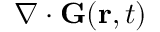
\nabla \cdot \mathbf { G } ( \mathbf { r } , t )